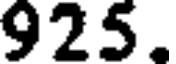
925.